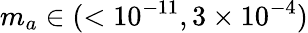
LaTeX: m_{a}\in(<10^{-11},3\times 10^{-4})